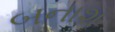
બનાશ